Civil Veterinary Dept. Assam report 1927-50 - 1927-1950
Year: 1927
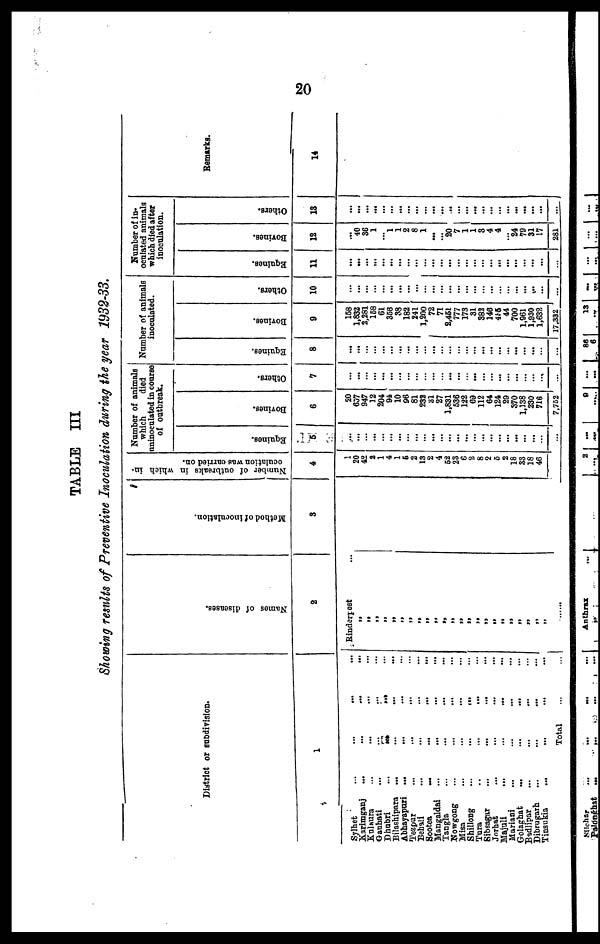
20
TABLE III
Showing results of Preventive Inoculation during the year 1932-33.
District or subdivision.
1
Sylhet ... ... ... ...
Karimganj ... ... ... ...
Kulaura ... ... ... ...
Gauhati
...
...
...
...
Dhabri
...
...
...
...
Bilashipara ... ... ... ...
Abhayapari ... ... ... ...
Tezpur ... ... ... ...
Behali ... ... ... ...
Sootca ... ... ... ...
Mangaldai ... ... ... ...
Tangla ... ... ... ...
Nowgong ... ... ... ...
Misa ... ... ... ...
Shillong ... ... ... ...
Tura ... ... ... ...
Sibsagur ... ... ... ...
Jorhat ... ... ... ...
Majuli ... ... ... ...
Muriani ... ... ... ...
Golaghat ... ... ... ...
Badlipar ... ... ... ...
Dibrugarh ... ... ... ...
Tinsukia ... ... ... ...
Total ... ...
Na me s of diseases.
2
1. Rinderpest ...
„
„
„
„
„
„
„
„
„
„
„
„
„
„
„
„
„
„
„
„
„
„
„
.....
Mothe d of i
nocul at i
on.
3
Number of outbreaks in which in-
oculation was carried on.
4
1
20
42
2
1
4
1
6
2
13
2
4
62
23
6
2
8
2
5
2
18
33
18
46
Number of animals
which
died
uninoculated in course
of outbreak.
Equines.
5
...
...
...
...
...
...
...
...
...
...
...
...
...
...
...
...
...
...
...
...
...
...
...
...
...
Bovines.
6
20
637
947
12
204
94
10
96
81
232
31
27
1,831
536
122
69
112
64
124
29
370
1,138
230
716
7,752
Others.
7
...
...
...
...
...
...
...
...
...
...
...
...
...
...
...
...
...
...
...
...
...
...
...
...
...
Number of animals
inoculated.
Equines.
8
...
...
...
...
...
...
...
...
...
...
...
...
...
...
...
...
...
...
...
...
...
...
...
...
...
Bovines.
9
158
1,832
2,281
158
61
358
38
182
241
1,200
72
71
2,451
777
173
31
383
146
455
44
700
1,961
1,930
1,632
17,332
Others.
10
...
...
...
...
...
...
...
...
...
...
...
...
...
...
...
...
...
...
...
...
...
...
...
...
...
Number of in-
oculated animals
which died after
inoculation.
Equines.
11
...
...
...
...
...
...
...
...
...
...
...
...
...
...
...
...
...
...
...
...
...
...
...
...
...
Bovines.
12
...
40
36
1
... 1
1
2
8
1
...
...
20
7
1
1
3
4
4
... 24
79
31
17
281
Others.
13
...
...
...
...
...
...
...
...
...
...
...
...
...
...
...
...
...
...
...
...
...
...
...
...
...
Remarks.
14